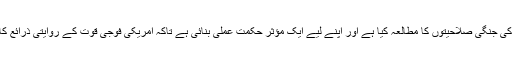
چین نے امریکہ کی جنگی صلاحیتوں کا مطالعہ کیا ہے اور اپنے لیے ایک مؤثر حکمت عملی بنائی ہے تاکہ امریکی فوجی قوت کے روایتی ذرائع کا مقابلہ کر سکے۔